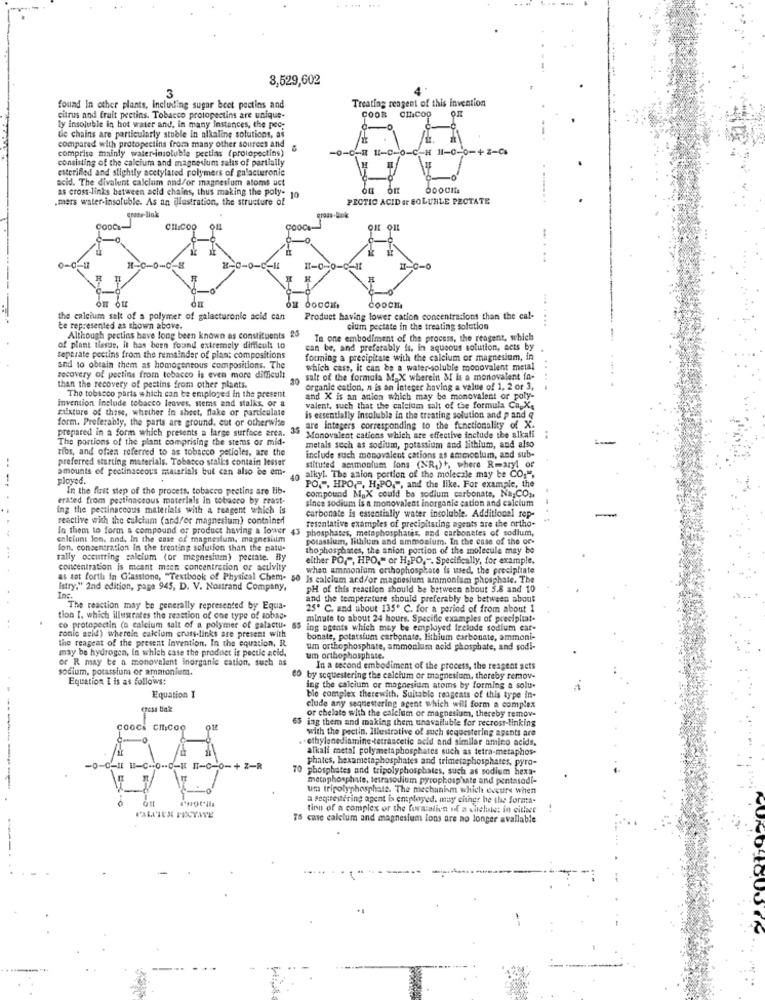
3,529,602
3
Treating reagent of this invention
found in other plants, including sugar beet pectins and
citrus and fruit peetins. Tobacco protopectins are unique-
COOR C
ly insoluble in hot water and, in many instances, the pec-
die chains are particularly stoble in alkaline solutions, as
compared with protopectins from many other sources and
comprise mainly water-insoluble pectins (prolopectins)
I7 11-C-O-C-H 11-0-0-+2-08
consisting of the calcium and magnesium salis of partially
esterified and stightly acetylated polymers of galacturonic
acid. The divalent calcium and/or magnesium atoms uct
as cross-links between acid chains, thus making the poly-
OG OR
.mers water-insoluble. As an illustration, the structure of
10
PICTIC ACID er SOLUBLE PECTATE
CILICOO Q1
Ox 0000K
COOCE
the calcium salt of a polymer of galacturonic acid can
Product having lower cation concentrations than the cal-
te represented as shown above.
cium pectate in the treating solution
Although pectins have long been known as constituents 25
Te one embodiment of the process, the reagent, which
of plant tiasis, it has been found extremely difficult to
can be, and preferably is, in aqueous solution, acts by
Separate poctins from the remainder of plant compositions
forming a precipitate with the calcium or magnesium, in
and to obtain them as homogeneous compositions. The
which case, it can be a water-soluble monovalent metal
recovery of poctins from tobacco is even more difficult
salt of the formula M_ X wherein & Is a monovalent in-
than the recovery of pestins from other plants.
organic cation, n is an Integer having a value of 1, 2 or 3,
invention include tobacco leaves, sems and stalks, or a
The tobacco parts which can be employed In the present
and X is an anion which may be monovalent or poly-
mixture of these, whether in sheet, flake or particulate
valent, such that the calcium salt of the formula CapXs
form. Preferably, the parts are ground, cut or otherwise
is essentially Insoluble in the treating solution and pand q
prepared in a form which presents a large surface area.
are integers corresponding to the functionality of X.
The portions of the plant comprising the stems or mid-
Monovalent cations which are effective include the alkali
ribs, and often referred to as tobacco petioles, are the
metals sech as sodium, potassium and lithium, and also
preferred starting materials. Tobacco stalks contain lesser
include such monovalent cations as ammonium, and sub-
..
amounts of poolinaccous materials but can also be em-
stituted ammonium fons (NR.)+, where Rmaryl of
ployed.
alkyl. The anion portion of the molecale may be CO,",
In the first step of the process, tobacco pretins are lib-
PO .. HPO"". H.PO.", and the like. For example, the
erated from pectinaccous materials in tobacco by reast-
since sodium is a monovalent inorganic cation and calcium
compound MaX could ba sodium carbonate, Na;CO ,,
ing the pectinaccos materials with a reagent which is
carbonate is essentially water insoluble. Additional rep-
reactive with the calcium (and/or magnesium) contained
In them to form a compound of product having a lower
45 phosphates, metaphosphates, and carbonates of sodium,
resentative examples of precipitaring agents are the artho-
eniciunt lon, and, In the case of magnesium, magnesium
potassium, lithium and ammonium. In the case of the or-
lon. concentration in the treating solution than the natu-
thophosphates, the anion portion of the molecule may be
rally occurring calcium (or magnesium) pecrate. Ry
either PO,", HPO," or H.PO ,-. Specifically, for example,
concentration is meant mien concentration of activity
when ammonium orthophosphate is wsed, the precipliate
as set forth in Glasstono, "Textbook of Physical Chem- 50 Is calcium and/or magnesium ammonium phosphate. The
Istry," 2nd edition, page 945, D. V. Nostrand Company,
PH of this reaction should be between about 5.8 and 10
Inc
and the temperature should preferably be between about
The reaction may be generally represented by Equa-
25º C. and about 135. C. for a period of from about 1
tion I, which illusrates the reaction of one type of aobag-
minute to about 24 hours. Specifie examples of precipitat-
co protopectin (a calcium salt of a polymer of galactu- 55
ing agents which may be employed freinde sodium ear-
ronie seid) wherein calcium cross-links are present with
the reagent of the present Invention. In the equation, R.
bonate, potassium carbonate, lithium carbonate, ammoni-
may be hydrogen, in which case the product is pectle acid,
um orthophosphate, ammonium acid phosphate, and sodi-
or R may be a monovalent Inorganic cation, such as
um orthophosphate.
sodium, potassium or amatonium.
In a second embodiment of the process, the reagent sets
Equation I is as follows:
80 by scquestering the calcium or magnesium, thereby remov-
ing the calcium or magnesium atoms by forming a solu-
Equation I
ble complex therewith, Suitable reagents of this type in-
clude any sequestering agent which will form a complex
Fing them and making them unavailuble for recross-linking
or chelate with the calelem or magnesium, thereby remov-
COOCE CILICOO
with the pectin. Illestrative of such sequestering agents are
ethylenediamine.tetraacetic acid and similar amino acids.
alkali metal polymetaphosphates such as tetra-metaphos-
--
phates, hexametaphosphates and trimetaphosphates, pyro-
-CHI HI-C -- O -- 0-1 IT-0-0-+Z-R
70 phosphates and tripolyphosphates, such as sodium hexa-
mataphosphate, tetrasodium pyrophosp'sate and pentasodi-
um tripolyphosphate. The mechanism which occurs when
a segitentering agent is entployed. muy either he the fornta-
tion of a complex or the formation of a shelowet in citler
PALLIUNE PECTATE
76 cme calcium and magnesium lons are no longer available